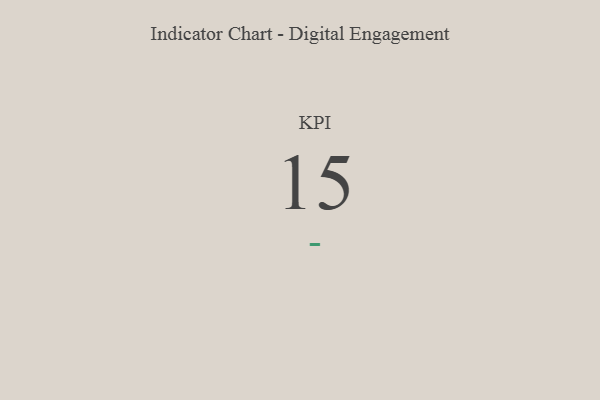
{"axis": {"x": "KPI", "y": "Value"}, "legend": [""], "data": [{"x": "KPI", "y": 15, "type": ""}]}